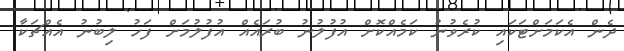
ދެން އެކަމަށްޓަކައި ކުރެވުނު ކަމެއްކޮށް އުފުލުނު ބުރައެއް އުފުލުމަށް ފަހު ލިބުނު އެއްޗަކާ